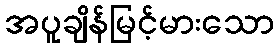
အပူချိန်မြင့်မားသော